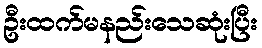
ဦးထက်မနည်းသေဆုံးပြီး